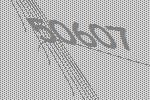
50607